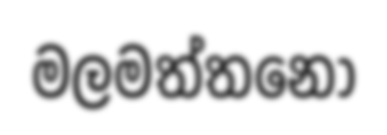
මලමත්තනො